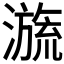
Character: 𣽩